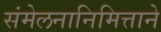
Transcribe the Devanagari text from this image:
संमेलनानिमित्ताने